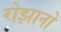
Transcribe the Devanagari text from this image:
रोझानो